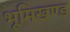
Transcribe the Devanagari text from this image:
भूमिखण्ड